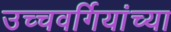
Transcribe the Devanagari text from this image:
उच्चवर्गियांच्या